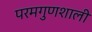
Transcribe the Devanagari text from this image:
परमगुणशाली